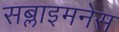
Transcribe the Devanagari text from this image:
सब्लाइमनेस